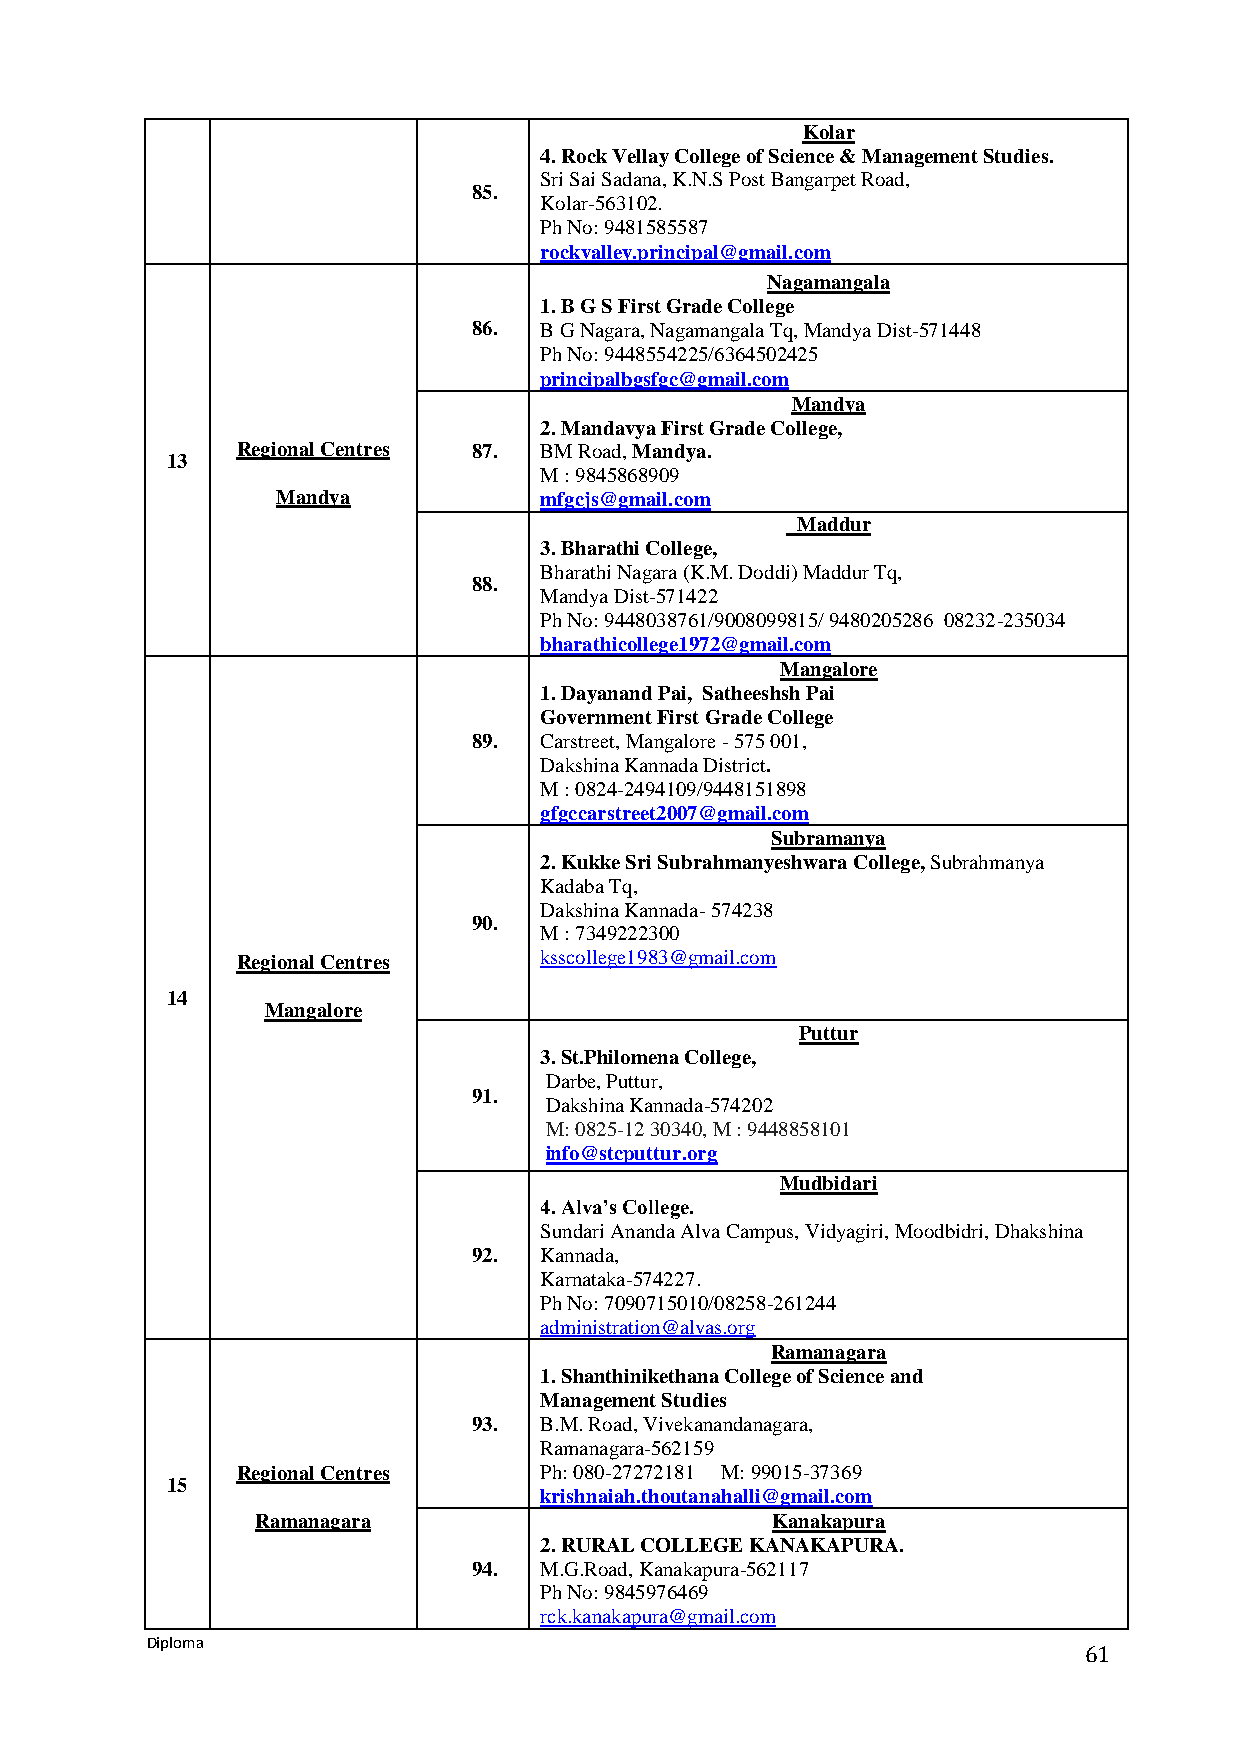
Kolar
 4. Rock Vellay College of Science & Management Studies.
 Sri Sai Sadana, K.N.S Post Bangarpet Road,
 85.
 Kolar-563102.
 Ph No: 9481585587
 rockvalley.principal@gmail.com
 Nagamangala
 1. B G S First Grade College
 86.  B G Nagara, Nagamangala Tq, Mandya Dist-571448
 Ph No: 9448554225/6364502425
 principalbgsfgc@gmail.com
 Mandya
 2. Mandavya First Grade College,
 Regional Centres 87. BM Road, Mandya.
 13
 M : 9845868909
 Mandya            mfgcjs@gmail.com
 Maddur
 3. Bharathi College,
 Bharathi Nagara (K.M. Doddi) Maddur Tq,
 88.
 Mandya Dist-571422
 Ph No: 9448038761/9008099815/ 9480205286 08232-235034
 bharathicollege1972@gmail.com
 Mangalore
 1. Dayanand Pai, Satheeshsh Pai
 Government First Grade College
 89.  Carstreet, Mangalore - 575 001,
 Dakshina Kannada District.
 M : 0824-2494109/9448151898
 gfgccarstreet2007@gmail.com
 Subramanya
 2. Kukke Sri Subrahmanyeshwara College, Subrahmanya
 Kadaba Tq,
 Dakshina Kannada- 574238
 90.
 M : 7349222300
 Regional Centres    ksscollege1983@gmail.com
 14
 Mangalore
 Puttur
 3. St.Philomena College,
 Darbe, Puttur,
 91.
 Dakshina Kannada-574202
 M: 0825-12 30340, M : 9448858101
 info@stcputtur.org
 Mudbidari
 4. Alva’s College.
 Sundari Ananda Alva Campus, Vidyagiri, Moodbidri, Dhakshina
 92.  Kannada,
 Karnataka-574227.
 Ph No: 7090715010/08258-261244
 administration@alvas.org
 Ramanagara
 1. Shanthinikethana College of Science and
 Management Studies
 93.  B.M. Road, Vivekanandanagara,
 Ramanagara-562159
 Regional Centres    Ph: 080-27272181 M: 99015-37369
 15
 krishnaiah.thoutanahalli@gmail.com
 Ramanagara                        Kanakapura
 2. RURAL COLLEGE KANAKAPURA.
 94.  M.G.Road, Kanakapura-562117
 Ph No: 9845976469
 rck.kanakapura@gmail.com
 Diploma
 61